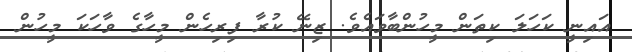
އައިނީ ކަހަލަ ކިތަން މީހުންބާވައެވެ. ޒިނޭ ކުރާ ފިރިހެން މީހާގެ ވާހަކަ މީހުން